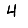
Digit: 4